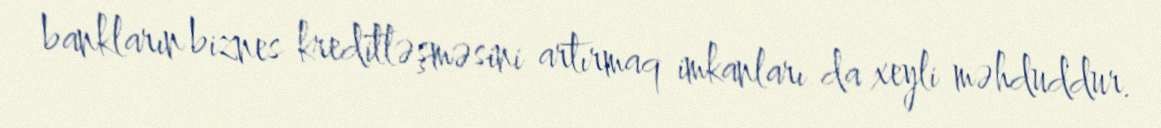
bankların biznes kreditləşməsini artırmaq imkanları da xeyli məhduddur.